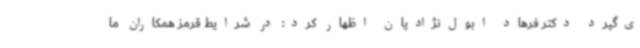
ی‌گیرد دکتر فرهاد ابول‌نژادیان اظهار کرد: در شرایط قرمز همکاران ما